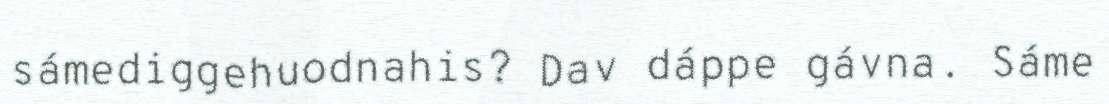
sámediggehuodnahis? Dav dáppe gávna. Sáme